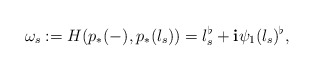
\begin{align*}\omega_s:=H( p_{*}(-), p_{*}(l_s))=l_s ^\flat+{\bf i}\psi_{1}(l_s)^{\flat}, \end{align*}